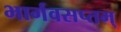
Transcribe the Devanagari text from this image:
भार्गवसप्तम्